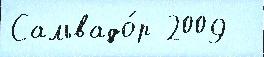
Сальвадо́р 2009